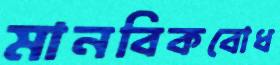
মানবিকবোধ